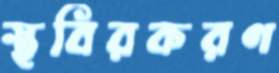
স্থবিরকরণ